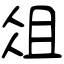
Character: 俎